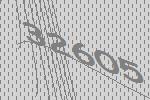
32605